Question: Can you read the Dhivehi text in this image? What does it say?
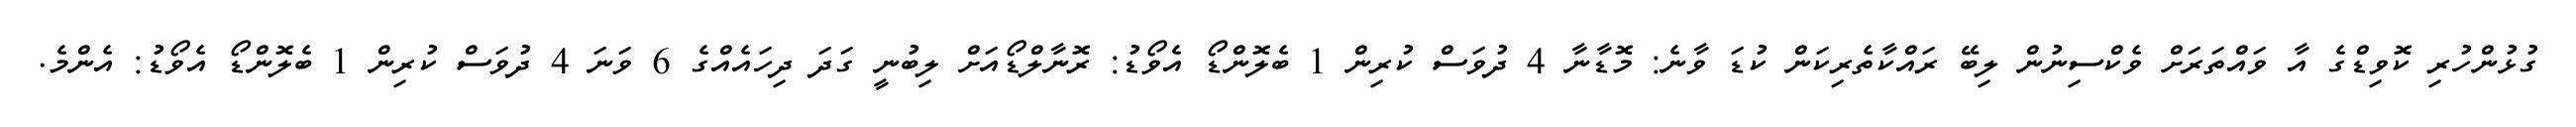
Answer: ގުޅުންހުރި ކޮވިޑްގެ އާ ވައްތަރަށް ވެކްސިނުން ލިބޭ ރައްކާތެރިކަން ކުޑަ ވާނެ: މޮޑާނާ 4 ދުވަސް ކުރިން 1 ބެލޮންޑޯ އެވޯޑު: ރޮނާލްޑޯއަށް ލިބުނީ ގަދަ ދިހައެއްގެ 6 ވަނަ 4 ދުވަސް ކުރިން 1 ބެލޮންޑޯ އެވޯޑު: އެންމެ.